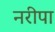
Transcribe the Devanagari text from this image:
नरीपा